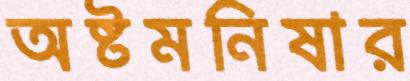
অষ্টমনিষার